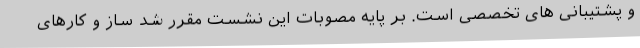
و پشتیبانی های تخصصی است. بر پایه مصوبات این نشست مقرر شد ساز و کارهای